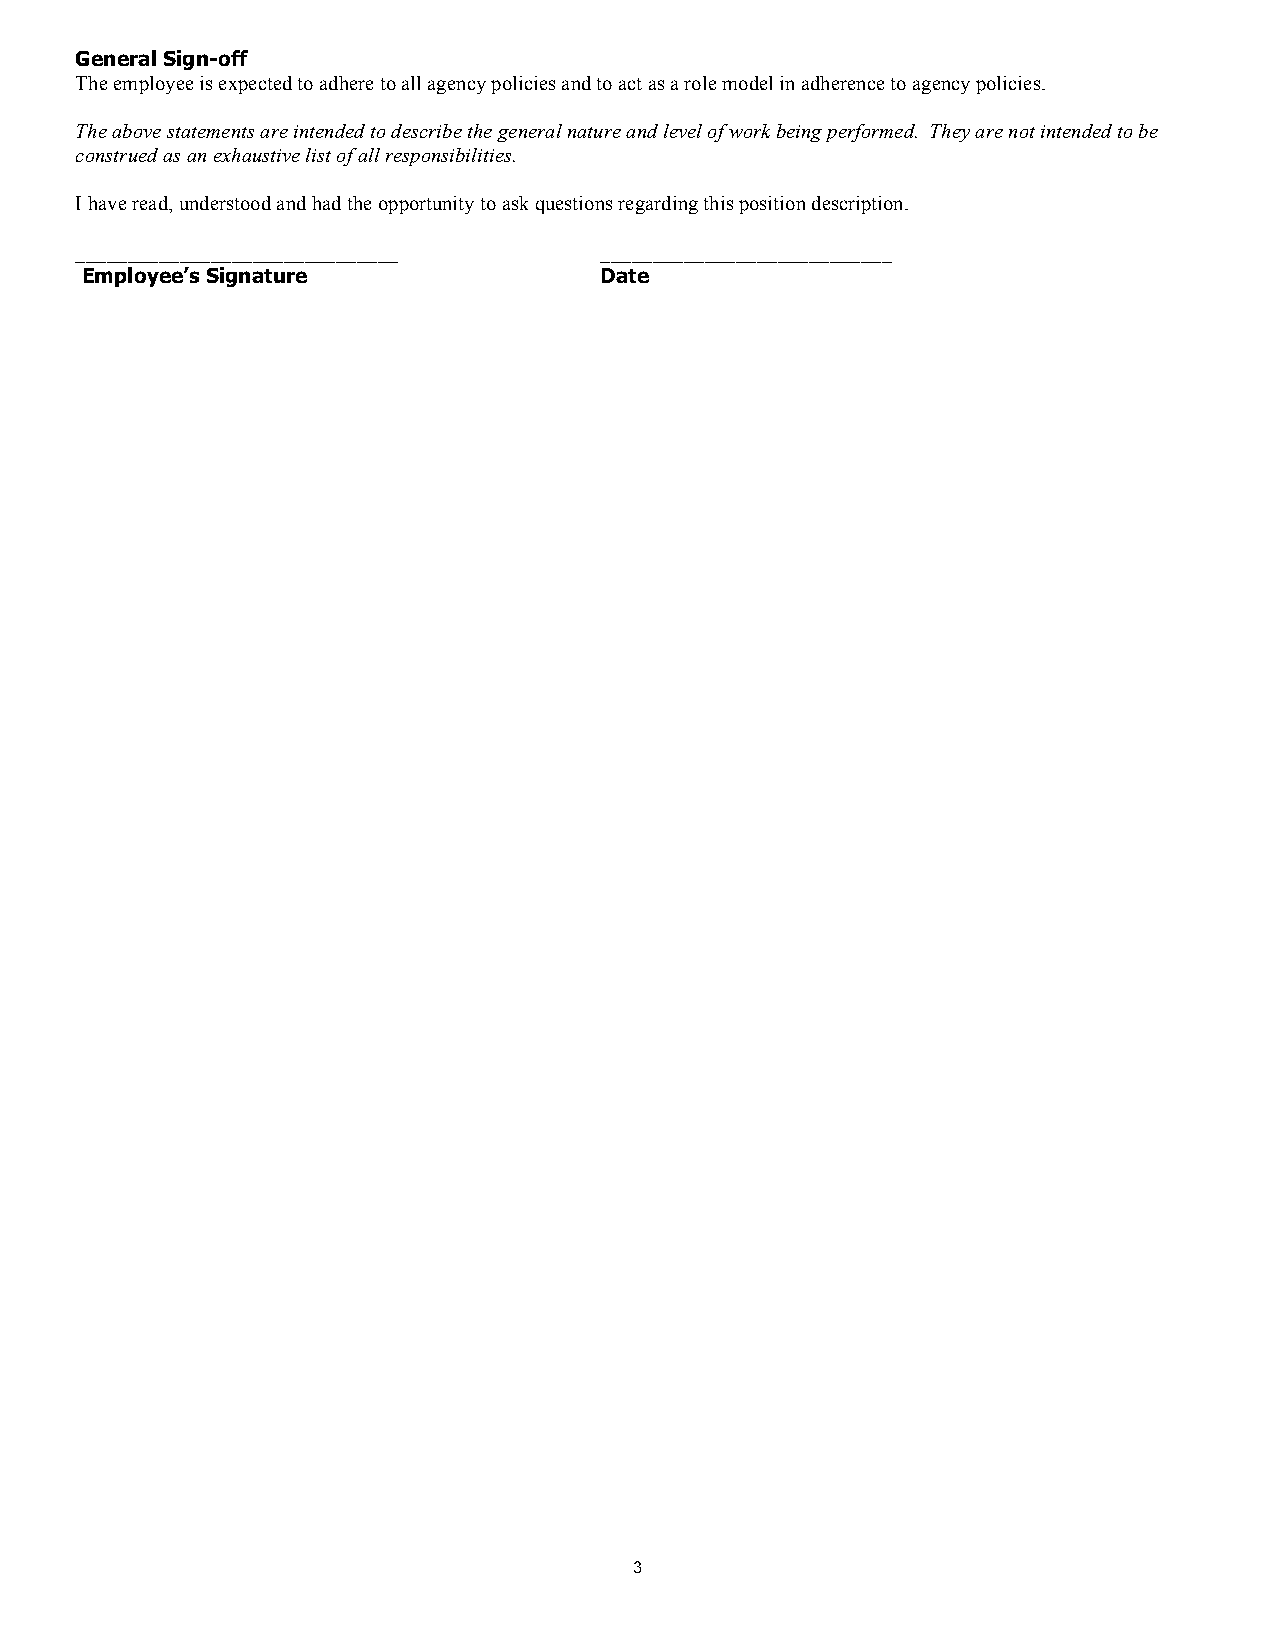
General Sign-off
 The employee is expected to adhere to all agency policies and to act as a role model in adherence to agency policies.
 The above statements are intended to describe the general nature and level of work being performed. They are not intended to be
 construed as an exhaustive list of all responsibilities.
 I have read, understood and had the opportunity to ask questions regarding this position description.
 _______________________________    ____________________________
 Employee’s Signature               Date
 3